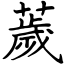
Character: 薉